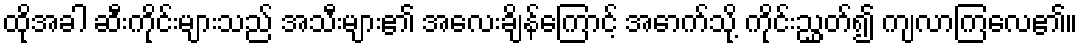
ထိုအခါ ဆီးကိုင်းများသည် အသီးများ၏ အလေးချိန်ကြောင့် အောက်သို့ ကိုင်းညွှတ်၍ ကျလာကြလေ၏။